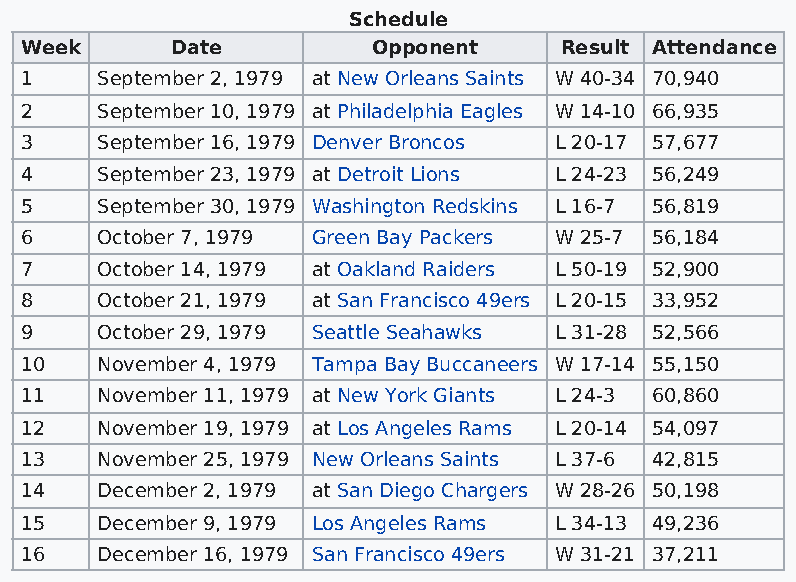
Schedule
 Week      Date          Opponent    Result Attendance
 1    September 2, 1979 at New Orleans Saints W 40-34 70,940
 2    September 10, 1979 at Philadelphia Eagles W 14-10 66,935
 3    September 16, 1979 Denver Broncos L 20-17 57,677
 4    September 23, 1979 at Detroit Lions L 24-23 56,249
 5    September 30, 1979 Washington Redskins L 16-7 56,819
 6    October 7, 1979 Green Bay Packers W 25-7 56,184
 7    October 14, 1979 at Oakland Raiders L 50-19 52,900
 8    October 21, 1979 at San Francisco 49ers L 20-15 33,952
 9    October 29, 1979 Seattle Seahawks L 31-28 52,566
 10   November 4, 1979 Tampa Bay Buccaneers W 17-14 55,150
 11   November 11, 1979 at New York Giants L 24-3 60,860
 12   November 19, 1979 at Los Angeles Rams L 20-14 54,097
 13   November 25, 1979 New Orleans Saints L 37-6 42,815
 14   December 2, 1979 at San Diego Chargers W 28-26 50,198
 15   December 9, 1979 Los Angeles Rams L 34-13 49,236
 16   December 16, 1979 San Francisco 49ers W 31-21 37,211